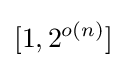
[1,2^{o(n)}]